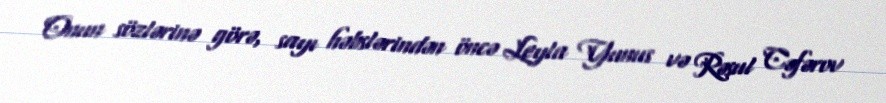
Onun sözlərinə görə, sayı həbslərindən öncə Leyla Yunus və Rəsul Cəfərov